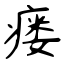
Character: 瘘